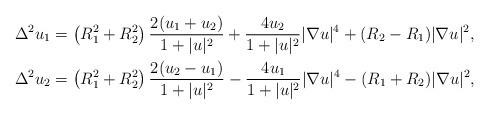
LaTeX: \begin{align*}\Delta^2 u_1 &=\left( R_1^2+R_2^2 \right) \frac{2(u_1+u_2)}{1+|u|^2}+ \frac{4 u_2}{1+|u|^2}|\nabla u|^4 + (R_2-R_1) |\nabla u|^2,\\\Delta^2 u_2 &=\left( R_1^2+R_2^2 \right) \frac{2(u_2-u_1)}{1+|u|^2}- \frac{4 u_1}{1+|u|^2}|\nabla u|^4 - (R_1+R_2) |\nabla u|^2, \end{align*}